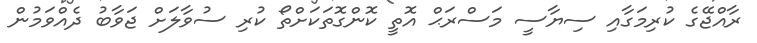
ރާއްޖޭގެ ކުރިމަގާއި ސިޔާސީ މަސްރަޙް އޮތީ ކޮންގޮތަކަށްތޯ ކުރި ސުވާލަށް ޖަވާބު ދެއްވަމުން